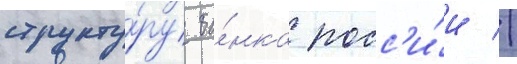
структу́ру ба́нка росс'и́и //